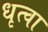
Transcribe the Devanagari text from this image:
धृत्वा